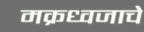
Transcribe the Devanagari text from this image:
मक्रध्वजाचे